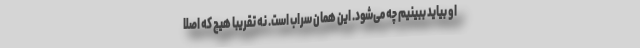
او بیاید ببینیم چه می‌شود. این همان سراب است. نه تقریباً هیچ که اصلاً